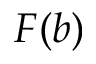
F ( b )